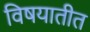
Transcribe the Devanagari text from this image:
विषयातीत